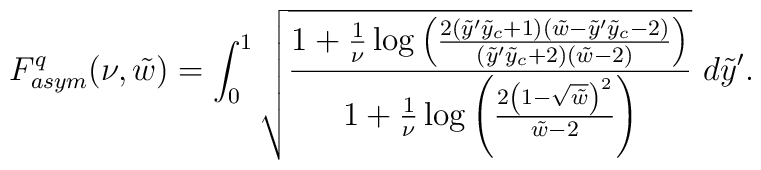
F^q_{asym}(\nu,\tilde{w})=\int_0^{1}\sqrt{\frac{1+\frac{1}{\nu}\log\left(\frac{2(\tilde{y}^\prime\tilde{y}_c +1)(\tilde{w}-\tilde{y}^\prime\tilde{y}_c-2)}{(\tilde{y}^\prime\tilde{y}_c+2)(\tilde{w}-2)}\right)}{1+\frac{1}{\nu}\log\left(\frac{2\left(1-\sqrt{\tilde{w}}\right)^2}{\tilde{w}-2}\right)}}~d\tilde{y}^\prime.